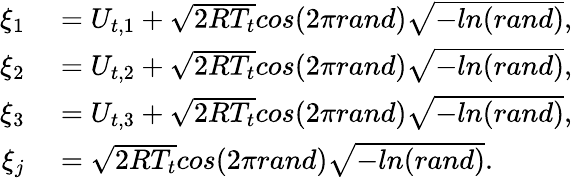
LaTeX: \begin{array}{rl}{\xi_{1}}&{{}=U_{t,1}+\sqrt{2RT_{t}}cos(2\pi rand)\sqrt{-ln(rand)},}\\ {\xi_{2}}&{{}=U_{t,2}+\sqrt{2RT_{t}}cos(2\pi rand)\sqrt{-ln(rand)},}\\ {\xi_{3}}&{{}=U_{t,3}+\sqrt{2RT_{t}}cos(2\pi rand)\sqrt{-ln(rand)},}\\ {\xi_{j}}&{{}=\sqrt{2RT_{t}}cos(2\pi rand)\sqrt{-ln(rand)}.}\end{array}